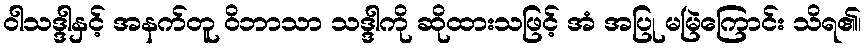
ဝါသဒ္ဒါနှင့် အနက်တူ ဝိဘာသာ သဒ္ဒါကို ဆိုထားသဖြင့် အံ အပြု မမြဲကြောင်း သိရ၏၊